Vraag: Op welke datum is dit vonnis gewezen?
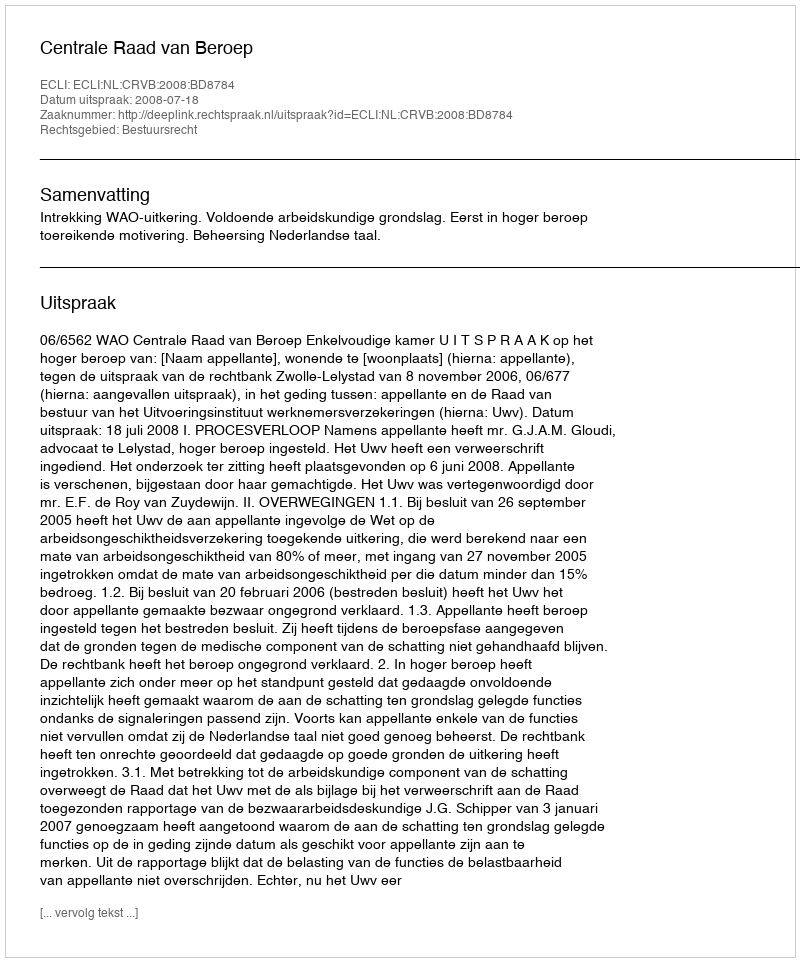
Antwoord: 2008-07-18